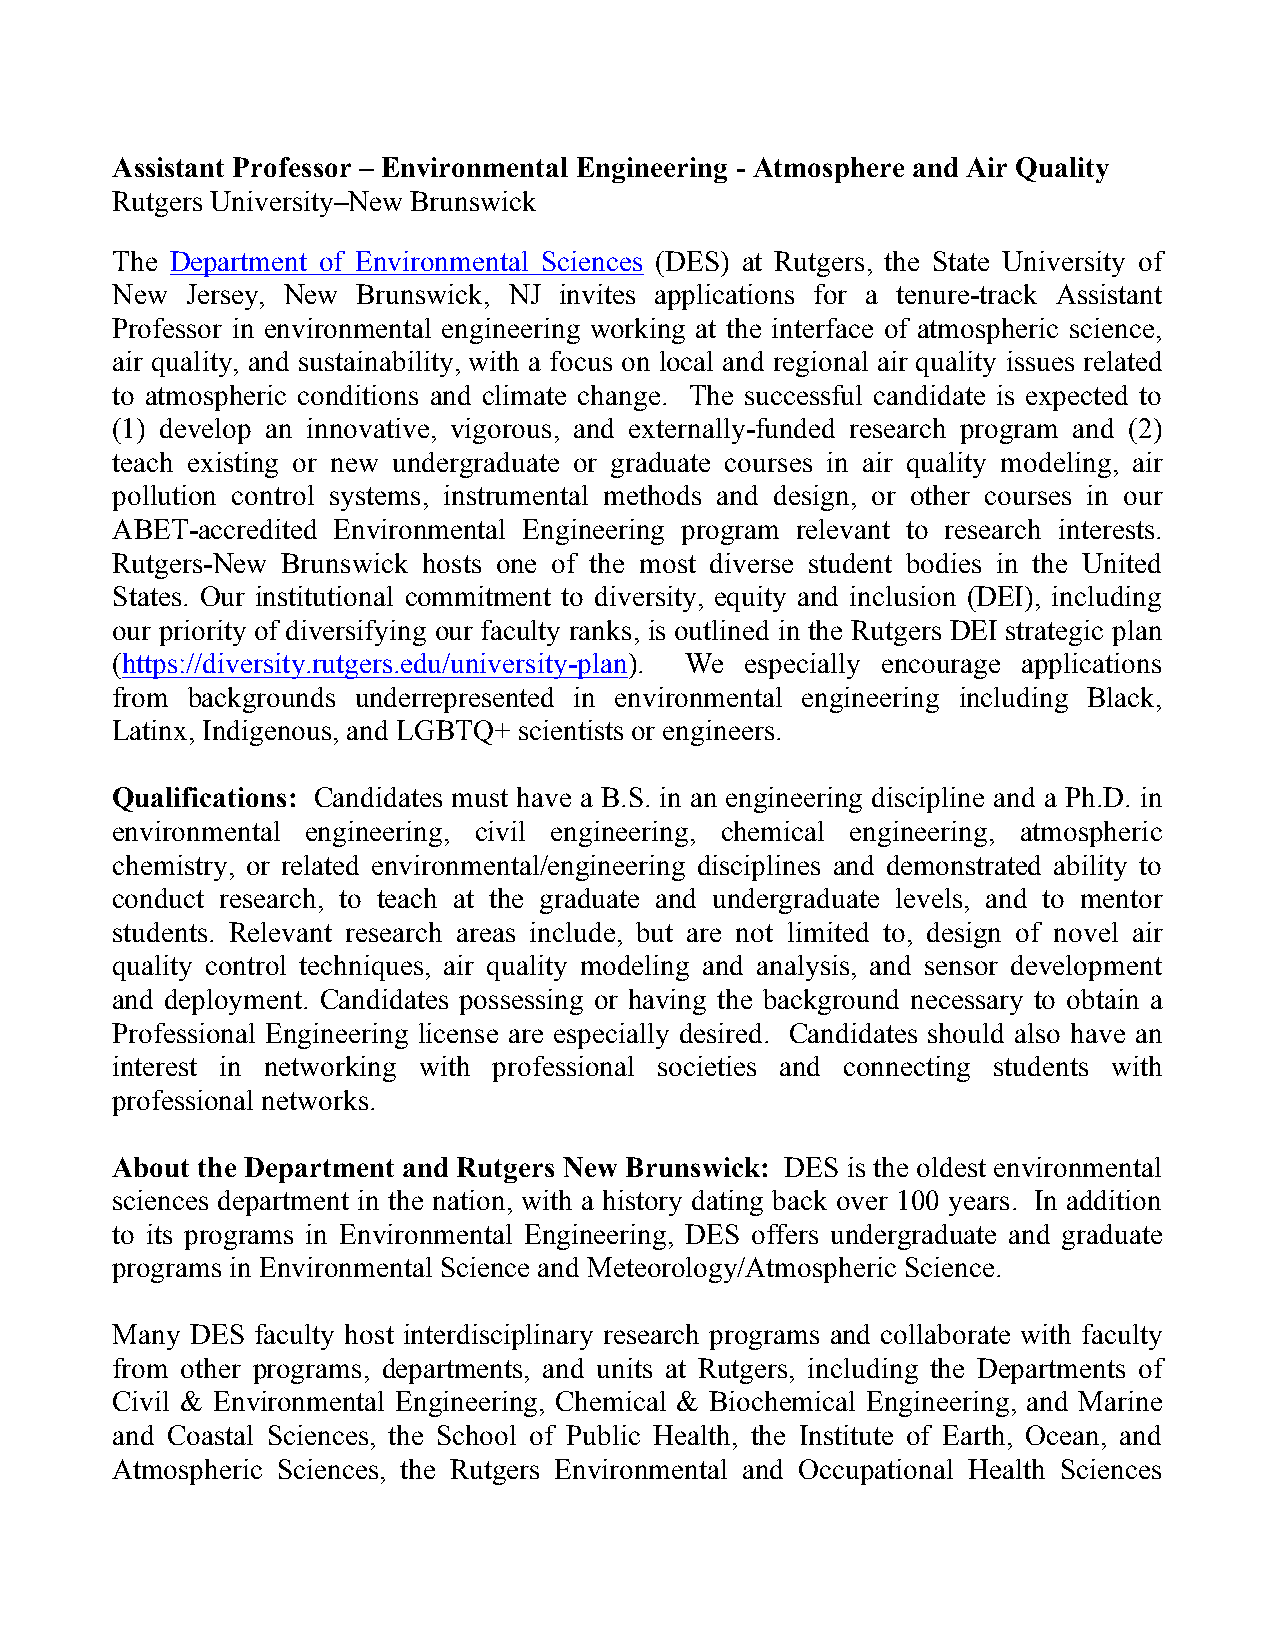
Assistant Professor – Environmental Engineering - Atmosphere and Air Quality
 Rutgers University–New Brunswick
 The Department of Environmental Sciences (DES) at Rutgers, the State University of
 New  Jersey, New Brunswick, NJ invites applications for a tenure-track Assistant
 Professor in environmental engineering working at the interface of atmospheric science,
 air quality, and sustainability, with a focus on local and regional air quality issues related
 to atmospheric conditions and climate change. The successful candidate is expected to
 (1) develop an innovative, vigorous, and externally-funded research program and (2)
 teach existing or new undergraduate or graduate courses in air quality modeling, air
 pollution control systems, instrumental methods and design, or other courses in our
 ABET-accredited Environmental Engineering program relevant to research interests.
 Rutgers-New Brunswick hosts one of the most diverse student bodies in the United
 States. Our institutional commitment to diversity, equity and inclusion (DEI), including
 our priority of diversifying our faculty ranks, is outlined in the Rutgers DEI strategic plan
 (https://diversity.rutgers.edu/university-plan). We especially encourage applications
 from backgrounds underrepresented in environmental engineering including Black,
 Latinx, Indigenous, and LGBTQ+ scientists or engineers.
 Qualifications: Candidates must have a B.S. in an engineering discipline and a Ph.D. in
 environmental engineering, civil engineering, chemical engineering, atmospheric
 chemistry, or related environmental/engineering disciplines and demonstrated ability to
 conduct research, to teach at the graduate and undergraduate levels, and to mentor
 students. Relevant research areas include, but are not limited to, design of novel air
 quality control techniques, air quality modeling and analysis, and sensor development
 and deployment. Candidates possessing or having the background necessary to obtain a
 Professional Engineering license are especially desired. Candidates should also have an
 interest in networking with professional societies and connecting students with
 professional networks.
 About the Department and Rutgers New Brunswick: DES is the oldest environmental
 sciences department in the nation, with a history dating back over 100 years. In addition
 to its programs in Environmental Engineering, DES offers undergraduate and graduate
 programs in Environmental Science and Meteorology/Atmospheric Science.
 Many  DES faculty host interdisciplinary research programs and collaborate with faculty
 from other programs, departments, and units at Rutgers, including the Departments of
 Civil & Environmental Engineering, Chemical & Biochemical Engineering, and Marine
 and Coastal Sciences, the School of Public Health, the Institute of Earth, Ocean, and
 Atmospheric Sciences, the Rutgers Environmental and Occupational Health Sciences